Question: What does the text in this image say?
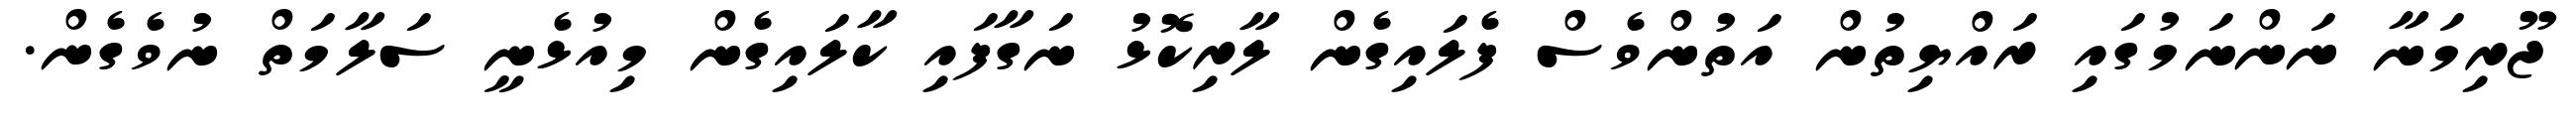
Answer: ޖޫރިމަނާ ނަންނަމުގައި ރައްޔިތުން އަތުންވެސް ފެލައިގެން ލާރިކޮޅު ނަގާފައި ކާލައިގެން މިއުޅެނީ ސަލާމަތް ނުވެގެން.